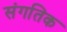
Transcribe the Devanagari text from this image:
संगतिक